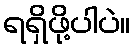
ရရှိဖို့ပါပဲ။